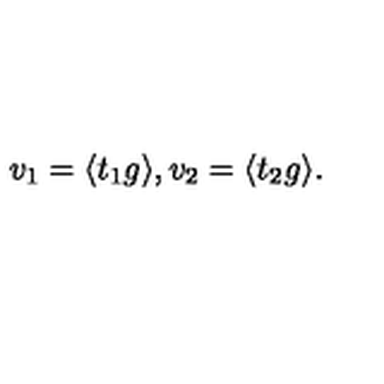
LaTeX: v _ { 1 } = \langle t _ { 1 } g \rangle , v _ { 2 } = \langle t _ { 2 } g \rangle .